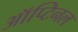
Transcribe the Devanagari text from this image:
ऑप्टिनल